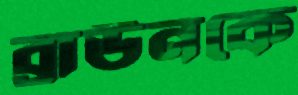
ব্রাউনকে